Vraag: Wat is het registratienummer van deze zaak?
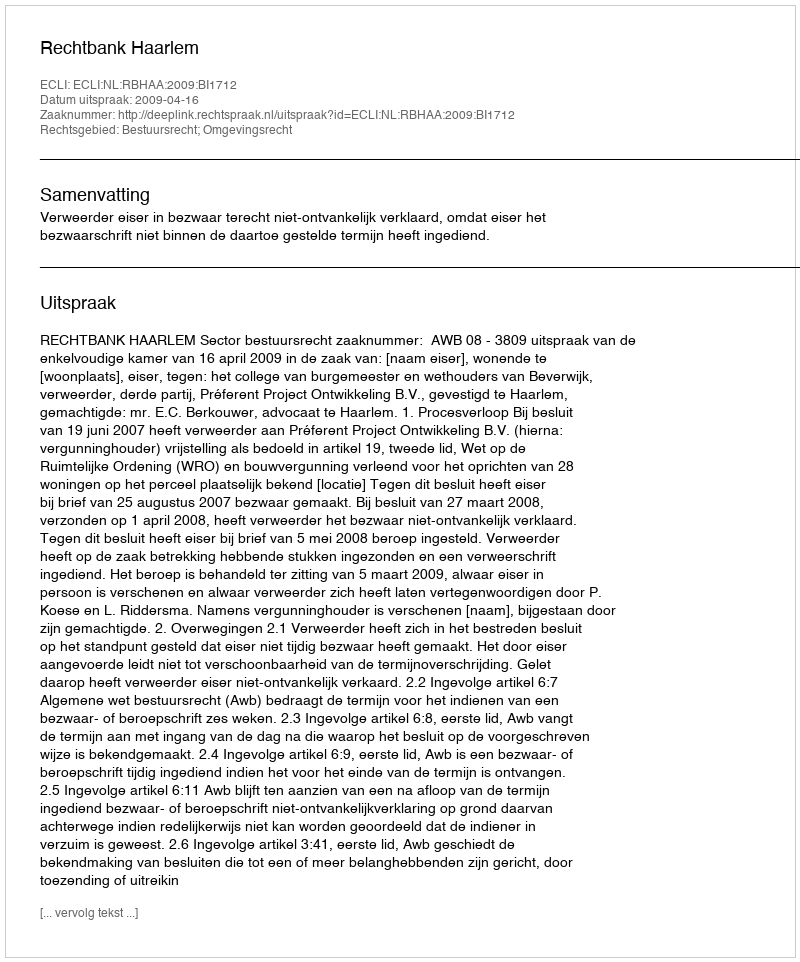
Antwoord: http://deeplink.rechtspraak.nl/uitspraak?id=ECLI:NL:RBHAA:2009:BI1712